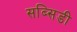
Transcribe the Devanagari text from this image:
सब्सिडी